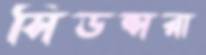
সিডন্সরা